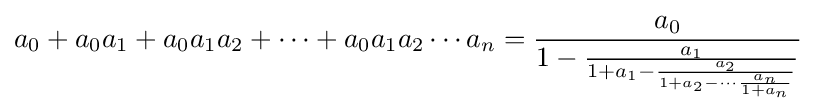
a_{0}+a_{0}a_{1}+a_{0}a_{1}a_{2}+\cdots +a_{0}a_{1}a_{2}\cdots a_{n}={\frac {a_{0}}{1-{\frac {a_{1}}{1+a_{1}-{\frac {a_{2}}{1+a_{2}-\cdots {\frac {a_{n}}{1+a_{n}}}}}}}}}